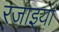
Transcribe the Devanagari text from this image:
रजाइयां